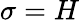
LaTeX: \sigma=H